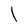
Character: I